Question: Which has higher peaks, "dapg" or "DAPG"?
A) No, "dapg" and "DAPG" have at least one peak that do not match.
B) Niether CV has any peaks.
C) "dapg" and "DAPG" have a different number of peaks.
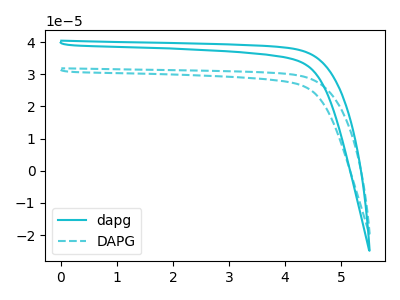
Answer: <think>The cyan curve "dapg" has no peaks. The cyan dashed curve "DAPG" has no peaks.</think>
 <answer>B) Niether CV has any peaks.</answer>
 <eval>B</eval>